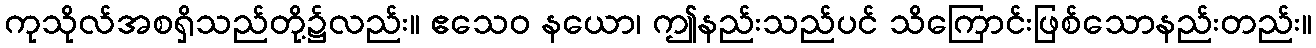
ကုသိုလ်အစရှိသည်တို့၌လည်း။ ဧသေဝ နယော၊ ဤနည်းသည်ပင် သိကြောင်းဖြစ်သောနည်းတည်း။